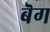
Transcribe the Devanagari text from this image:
बॆग